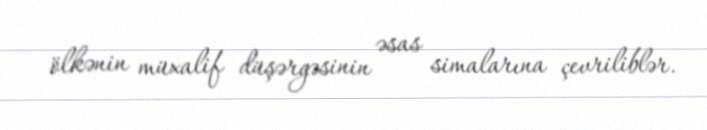
ölkənin müxalif düşərgəsinin əsas simalarına çevriliblər.